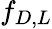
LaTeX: f_{D,L}